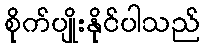
စိုက်ပျိုးနိုင်ပါသည်